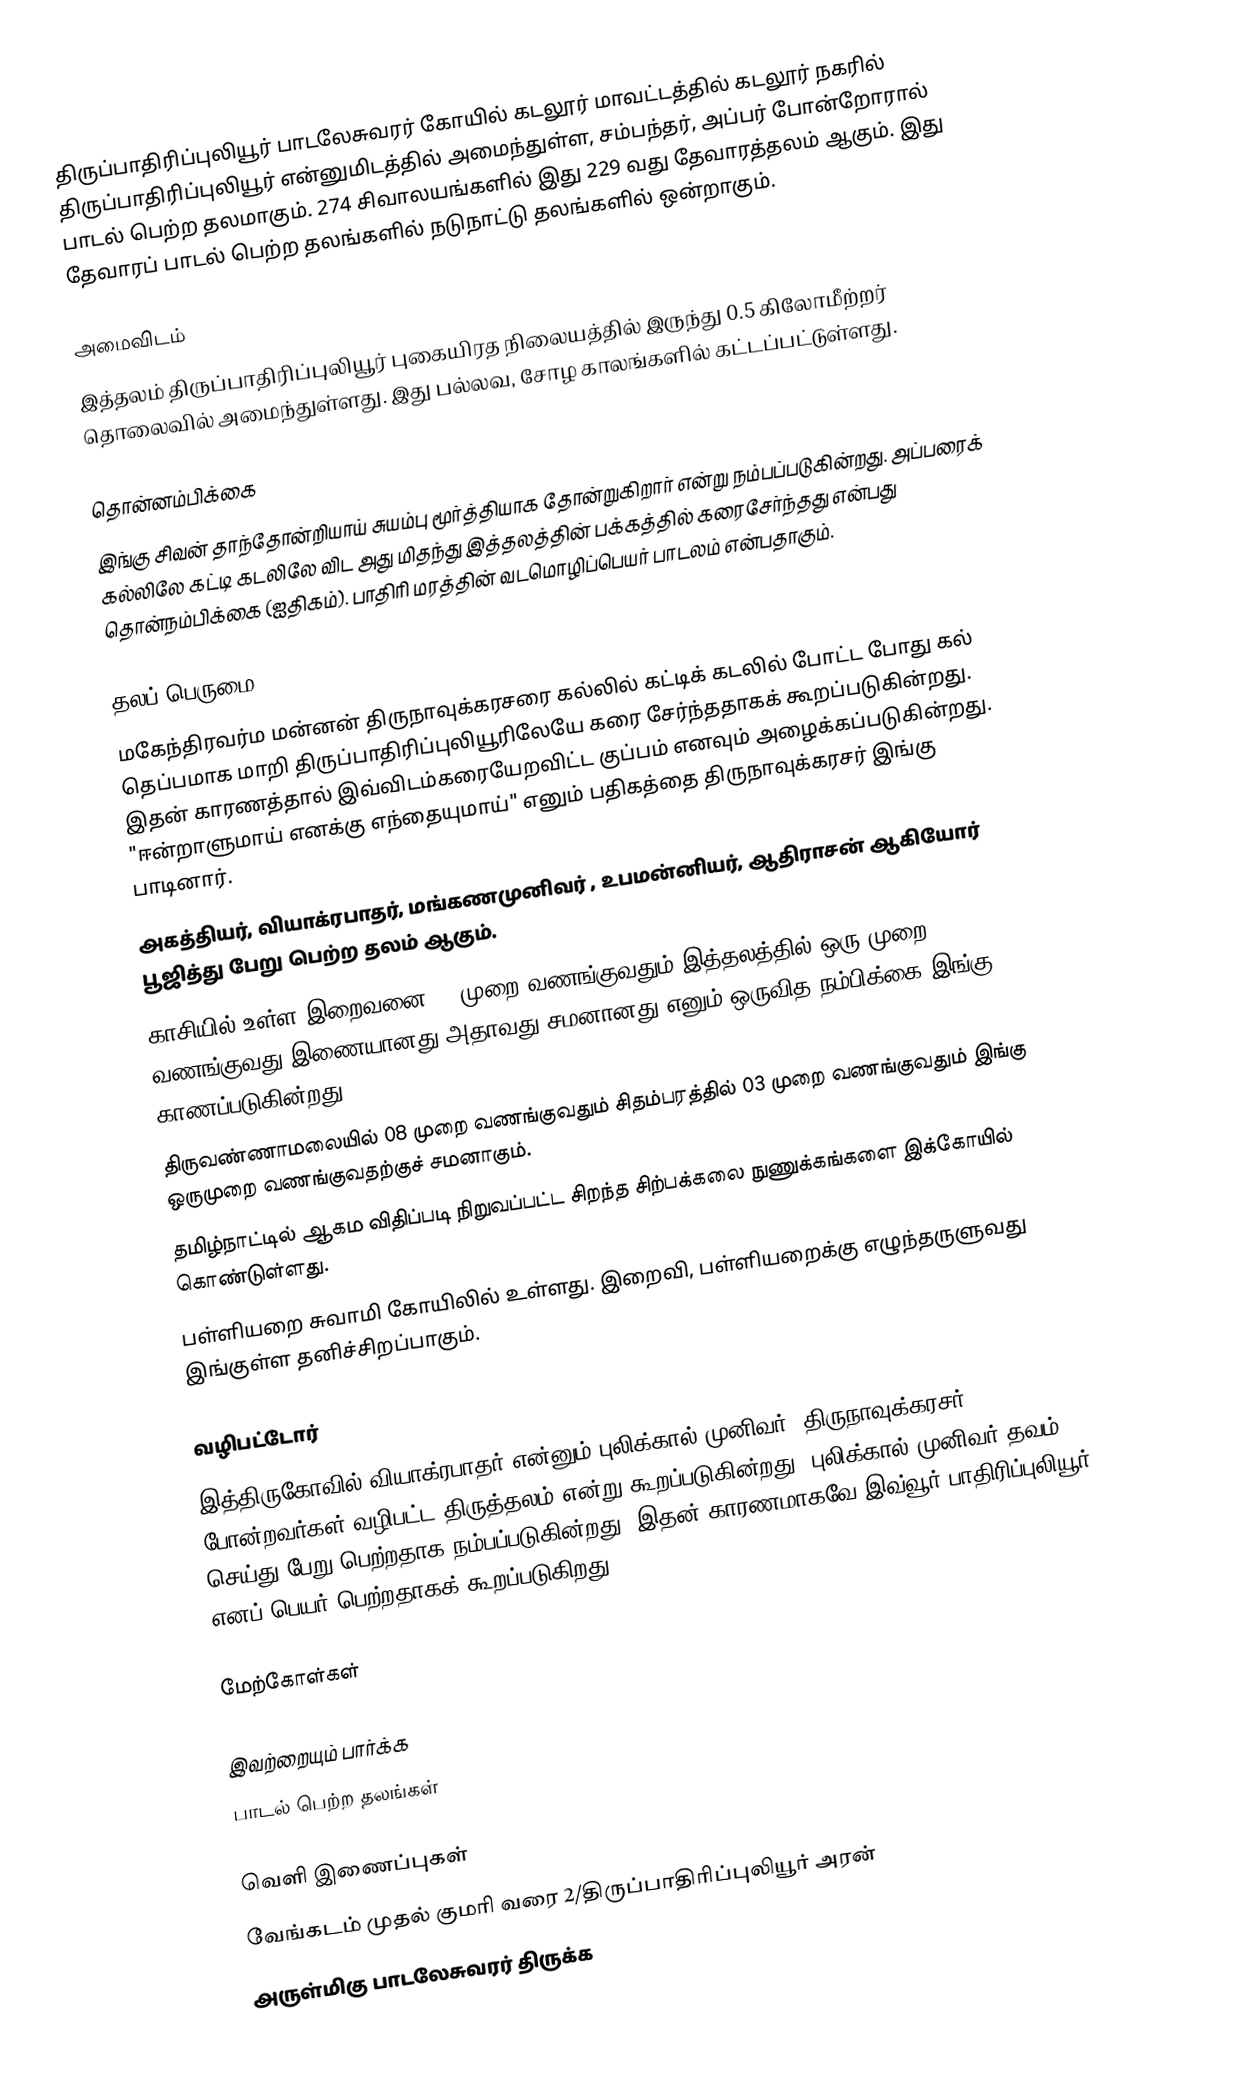
திருப்பாதிரிப்புலியூர் பாடலேசுவரர் கோயில் கடலூர் மாவட்டத்தில் கடலூர் நகரில் திருப்பாதிரிப்புலியூர் என்னுமிடத்தில் அமைந்துள்ள, சம்பந்தர், அப்பர் போன்றோரால் பாடல் பெற்ற தலமாகும். 274 சிவாலயங்களில் இது 229 வது தேவாரத்தலம் ஆகும். இது தேவாரப் பாடல் பெற்ற தலங்களில் நடுநாட்டு தலங்களில் ஒன்றாகும்.

அமைவிடம்
இத்தலம் திருப்பாதிரிப்புலியூர் புகையிரத நிலையத்தில் இருந்து 0.5 கிலோமீற்றர் தொலைவில் அமைந்துள்ளது. இது பல்லவ, சோழ காலங்களில் கட்டப்பட்டுள்ளது.

தொன்னம்பிக்கை
இங்கு சிவன் தாந்தோன்றியாய் சுயம்பு மூர்த்தியாக தோன்றுகிறார் என்று நம்பப்படுகின்றது. அப்பரைக் கல்லிலே கட்டி கடலிலே விட அது மிதந்து இத்தலத்தின் பக்கத்தில் கரைசேர்ந்தது என்பது தொன்நம்பிக்கை (ஐதிகம்). பாதிரி மரத்தின் வடமொழிப்பெயர் பாடலம் என்பதாகும்.

தலப் பெருமை
 மகேந்திரவர்ம மன்னன் திருநாவுக்கரசரை கல்லில் கட்டிக் கடலில் போட்ட போது கல் தெப்பமாக மாறி திருப்பாதிரிப்புலியூரிலேயே கரை சேர்ந்ததாகக் கூறப்படுகின்றது. இதன் காரணத்தால் இவ்விடம்கரையேறவிட்ட குப்பம் எனவும் அழைக்கப்படுகின்றது. "ஈன்றாளுமாய் எனக்கு எந்தையுமாய்" எனும் பதிகத்தை திருநாவுக்கரசர் இங்கு பாடினார்.
 அகத்தியர், வியாக்ரபாதர், மங்கணமுனிவர் , உபமன்னியர், ஆதிராசன் ஆகியோர் பூஜித்து பேறு பெற்ற தலம் ஆகும்.
 காசியில் உள்ள இறைவனை 16 முறை வணங்குவதும் இத்தலத்தில் ஒரு முறை வணங்குவது இணையானது அதாவது சமனானது எனும் ஒருவித நம்பிக்கை இங்கு காணப்படுகின்றது.
 திருவண்ணாமலையில் 08 முறை வணங்குவதும் சிதம்பரத்தில் 03 முறை வணங்குவதும் இங்கு ஒருமுறை வணங்குவதற்குச் சமனாகும்.
 தமிழ்நாட்டில் ஆகம விதிப்படி நிறுவப்பட்ட சிறந்த சிற்பக்கலை நுணுக்கங்களை இக்கோயில் கொண்டுள்ளது.
 பள்ளியறை சுவாமி கோயிலில் உள்ளது. இறைவி, பள்ளியறைக்கு எழுந்தருளுவது இங்குள்ள தனிச்சிறப்பாகும்.

வழிபட்டோர்
இத்திருகோவில் வியாக்ரபாதர் என்னும் புலிக்கால் முனிவர், திருநாவுக்கரசர் போன்றவர்கள் வழிபட்ட திருத்தலம் என்று கூறப்படுகின்றது. புலிக்கால் முனிவர் தவம் செய்து பேறு பெற்றதாக நம்பப்படுகின்றது. இதன் காரணமாகவே இவ்வூர் பாதிரிப்புலியூர் எனப் பெயர் பெற்றதாகக் கூறப்படுகிறது.

மேற்கோள்கள்

இவற்றையும் பார்க்க
 பாடல் பெற்ற தலங்கள்

வெளி இணைப்புகள்
வேங்கடம் முதல் குமரி வரை 2/திருப்பாதிரிப்புலியூர் அரன்
 அருள்மிகு பாடலேசுவரர் திருக்க